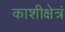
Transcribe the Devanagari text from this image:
काशीक्षेत्रं